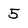
Character: 5